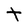
Character: t